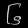
Digit: ၆